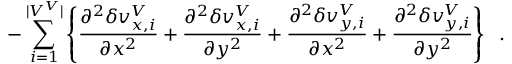
- \sum _ { i = 1 } ^ { | V ^ { V } | } \left\{ \frac { \partial ^ { 2 } \delta v _ { x , i } ^ { V } } { \partial x ^ { 2 } } + \frac { \partial ^ { 2 } \delta v _ { x , i } ^ { V } } { \partial y ^ { 2 } } + \frac { \partial ^ { 2 } \delta v _ { y , i } ^ { V } } { \partial x ^ { 2 } } + \frac { \partial ^ { 2 } \delta v _ { y , i } ^ { V } } { \partial y ^ { 2 } } \right\} \; \; .